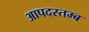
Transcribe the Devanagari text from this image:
आपदस्तम्ब